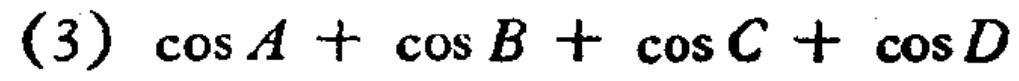
\((3)\ \cos A+\cos B+\cos C+\cos D\)